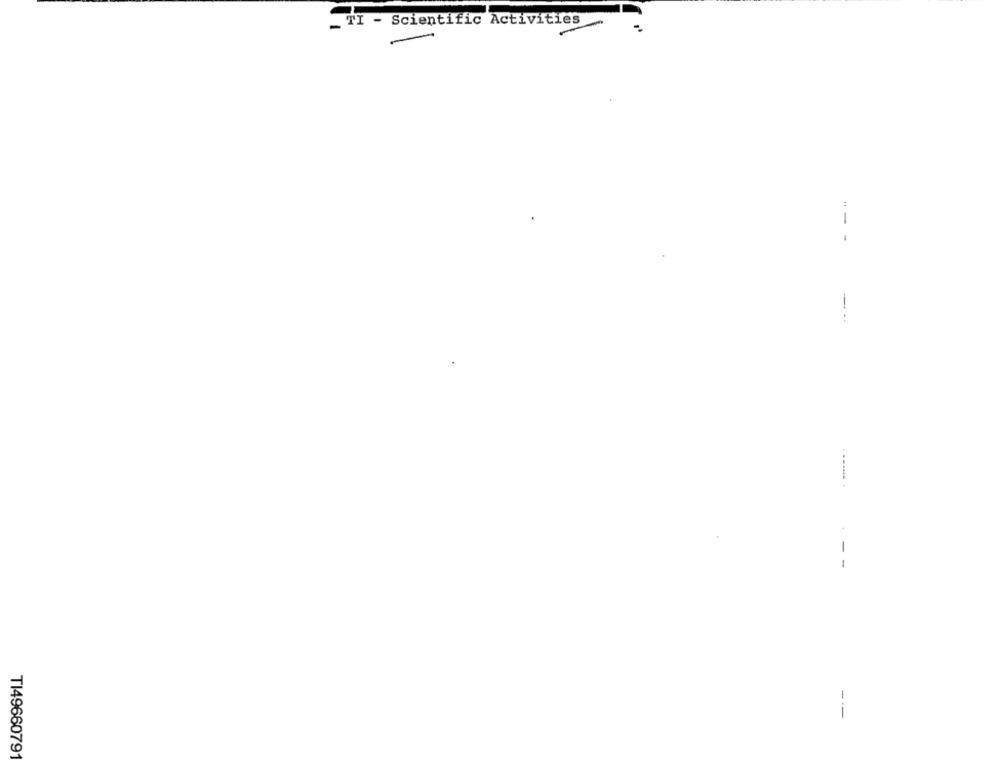
_ TI - Scientific Activities
-
-- -
--
---
TI4966079